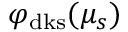
\varphi _ { \mathrm { d k s } } ( \mu _ { s } )